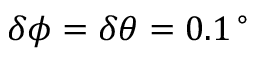
\delta \phi = \delta \theta = 0 . 1 \, ^ { \circ }